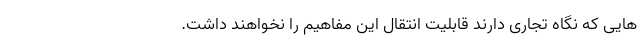
هایی که نگاه تجاری دارند قابلیت انتقال این مفاهیم را نخواهند داشت.